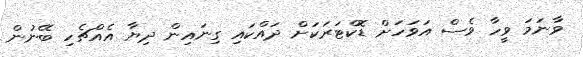
ވާނަމަ ވީހާ ވެސް އަވަހަށް ޑޮކްޓަރަކަށް ދައްކައި ގިނައިން ދިޔާ އެއްޗެހި ބޭނުން